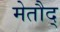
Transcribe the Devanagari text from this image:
मेतौद्